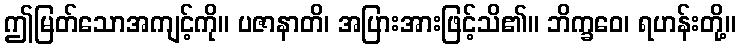
ဤမြတ်သောအကျင့်ကို။ ပဇာနာတိ၊ အပြားအားဖြင့်သိ၏။ ဘိက္ခဝေ၊ ရဟန်းတို့။